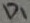
Text: D1